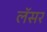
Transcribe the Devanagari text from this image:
लॅसर